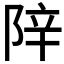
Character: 𬯁